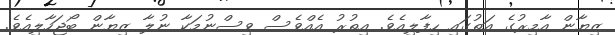
ޒިޔާން އާމިރުގެ އަތުގައި ހިފާލިއެވެ. އިތުރު އެއްވެސް ވިސްނުމަކާ ނުލާ ޒިޔާން ބޯޖަހާލިއެވެ.